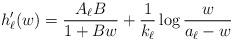
LaTeX: \begin{align*}h'_{\ell}(w) &= \frac{A_{\ell} B}{1+Bw} + \frac{1}{k_{\ell}} \log \frac{w}{a_{\ell} -w}\end{align*}